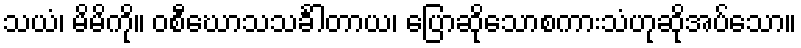
သယံ၊ မိမိကို။ ဝစီဃောသသင်္ခါတာယ၊ ပြောဆိုသောစကားသံဟုဆိုအပ်သော။